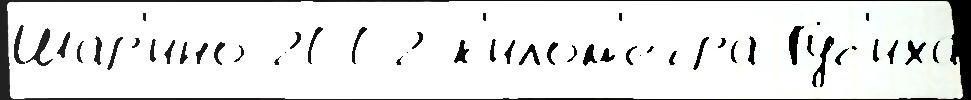
Шар'ино 2002 к'илом'е́тра Гус'иха